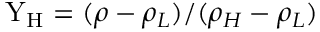
\mathrm { Y _ { H } } = ( \rho - \rho _ { L } ) / ( \rho _ { H } - \rho _ { L } )